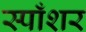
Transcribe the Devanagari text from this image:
स्पाँशर